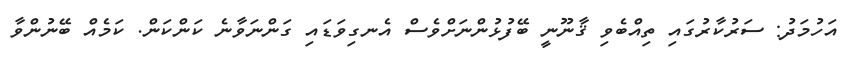
އަހުމަދު: ސަރުކާރުގައި ތިއްބެވި ޤާނޫނީ ބޭފުޅުންނަށްވެސް އެނގިވަޑައި ގަންނަވާނެ ކަންކަން. ކަމެއް ބޭނުންވާ